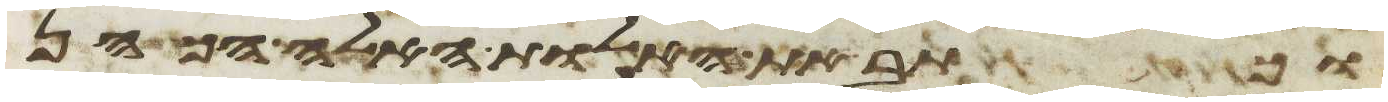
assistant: וכתב את האלות האלה הכהן